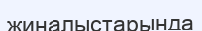
жиналыстарында